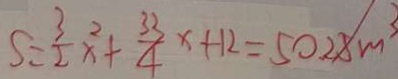
S = \frac { 3 } { 2 } x ^ { 2 } + \frac { 3 3 } { 4 } x + 1 2 = 5 0 2 8 m ^ { 3 }